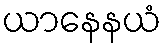
ယာနေနယံ